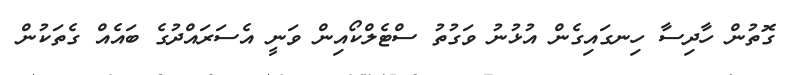
ގޮތުން ހާދިސާ ހިނގައިގެން އުޅުނު ވަގުތު ސްޓެލްކޯއިން ވަނީ އެސަރައްދުގެ ބައެއް ގެތަކުން